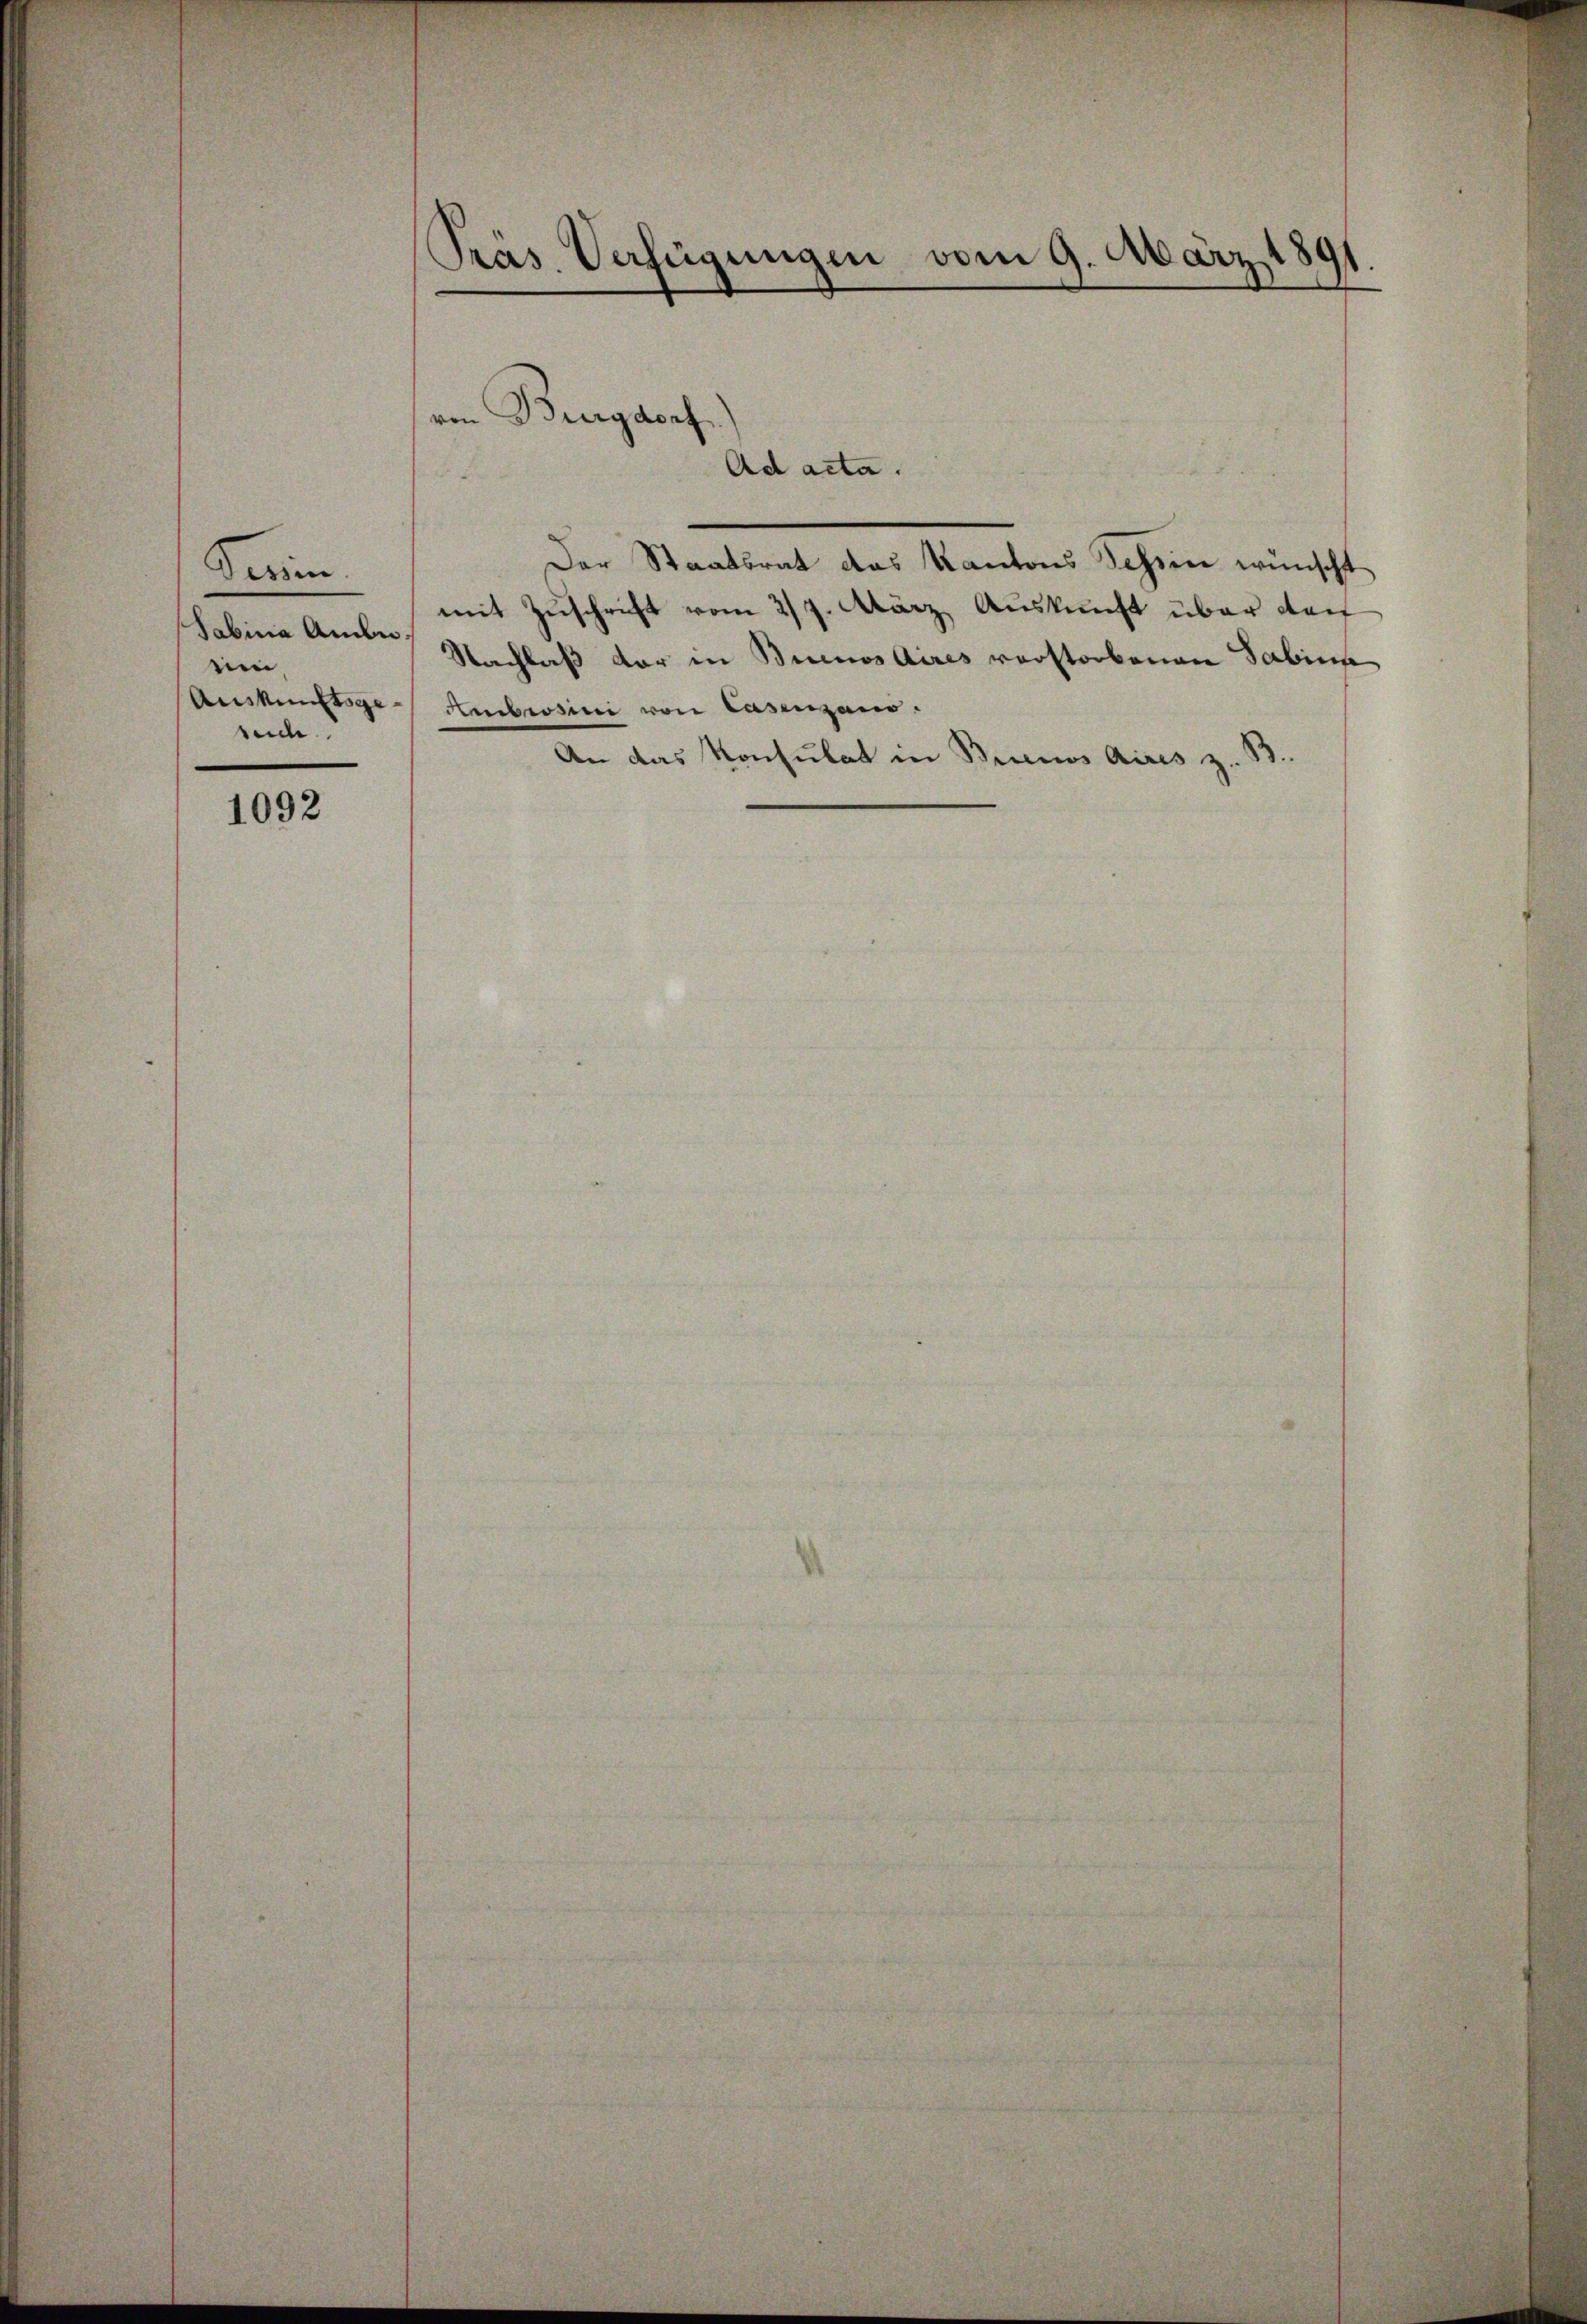
Perin
Sabina Anden.
e
Auskünftige
such

1092

Präs. Verfügungen vom 9. März 1891

von Burgdorf.
Ad acta.

Der Staatsrat das Kantons Schien wünscht
mit Zuschrift vom 27. März, Auskunft über darf
Nachlaß der in Buenos Aires verstorbenen Sabine
Ambrosici von Casenzans.
An das Konsulat in Buenos Aires z. B.